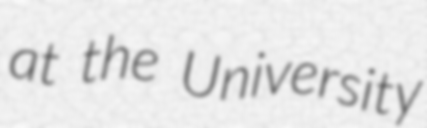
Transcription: at the University